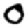
Digit: 0